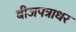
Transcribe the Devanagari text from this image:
बीजपत्राधर